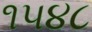
૧૫૪૮